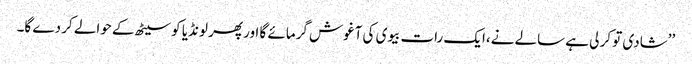
’’شادی تو کر لی ہے سالے نے،ایک رات بیوی کی آغوش گرمائے گا اور پھر لونڈیا کو سیٹھ کے حوالے کر دے گا۔